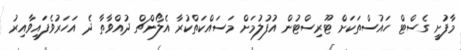
މާފުށީ ގެސްޓް ހައުސްތަކަށް ޓޫރިސްޓުން އުފުލުމަށް މަސައްކަތްކުރާ އެލޯންޗް ދުއްވާތާ ދެ އަހަރުވެފައިވާއިރު